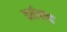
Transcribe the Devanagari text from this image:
तर्कपाद